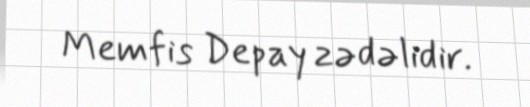
Memfis Depay zədəlidir.